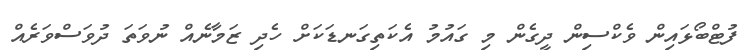
ފުޓްބޯޅައިން ވެކްސިން ދީގެން މި ގައުމު އެކަތިގަނޑަކަށް ހެދި ޒަމާނެއް ނުވަތަ ދުވަސްވަރެއް